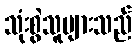
သုံးစွဲသူများသည်